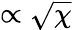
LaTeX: \propto\sqrt\chi